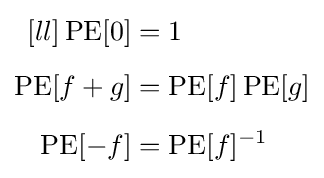
{\begin{aligned}[ll]\operatorname {PE} [0]&=1\\[5pt]\operatorname {PE} [f+g]&=\operatorname {PE} [f]\operatorname {PE} [g]\\[5pt]\operatorname {PE} [-f]&=\operatorname {PE} [f]^{-1}\end{aligned}}